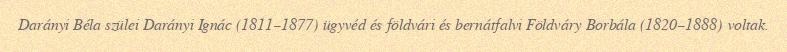
Darányi Béla szülei Darányi Ignác (1811–1877) ügyvéd és földvári és bernátfalvi Földváry Borbála (1820–1888) voltak.